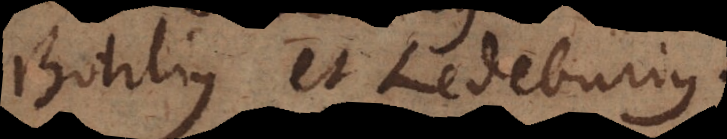
Bohlius et Ledeburius.